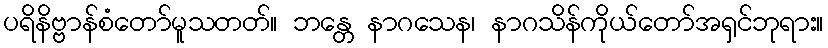
ပရိနိဗ္ဗာန်စံတော်မူသတတ်။ ဘန္တေ နာဂသေန၊ နာဂသိန်ကိုယ်တော်အရှင်ဘုရား။